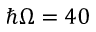
\hbar \Omega = 4 0